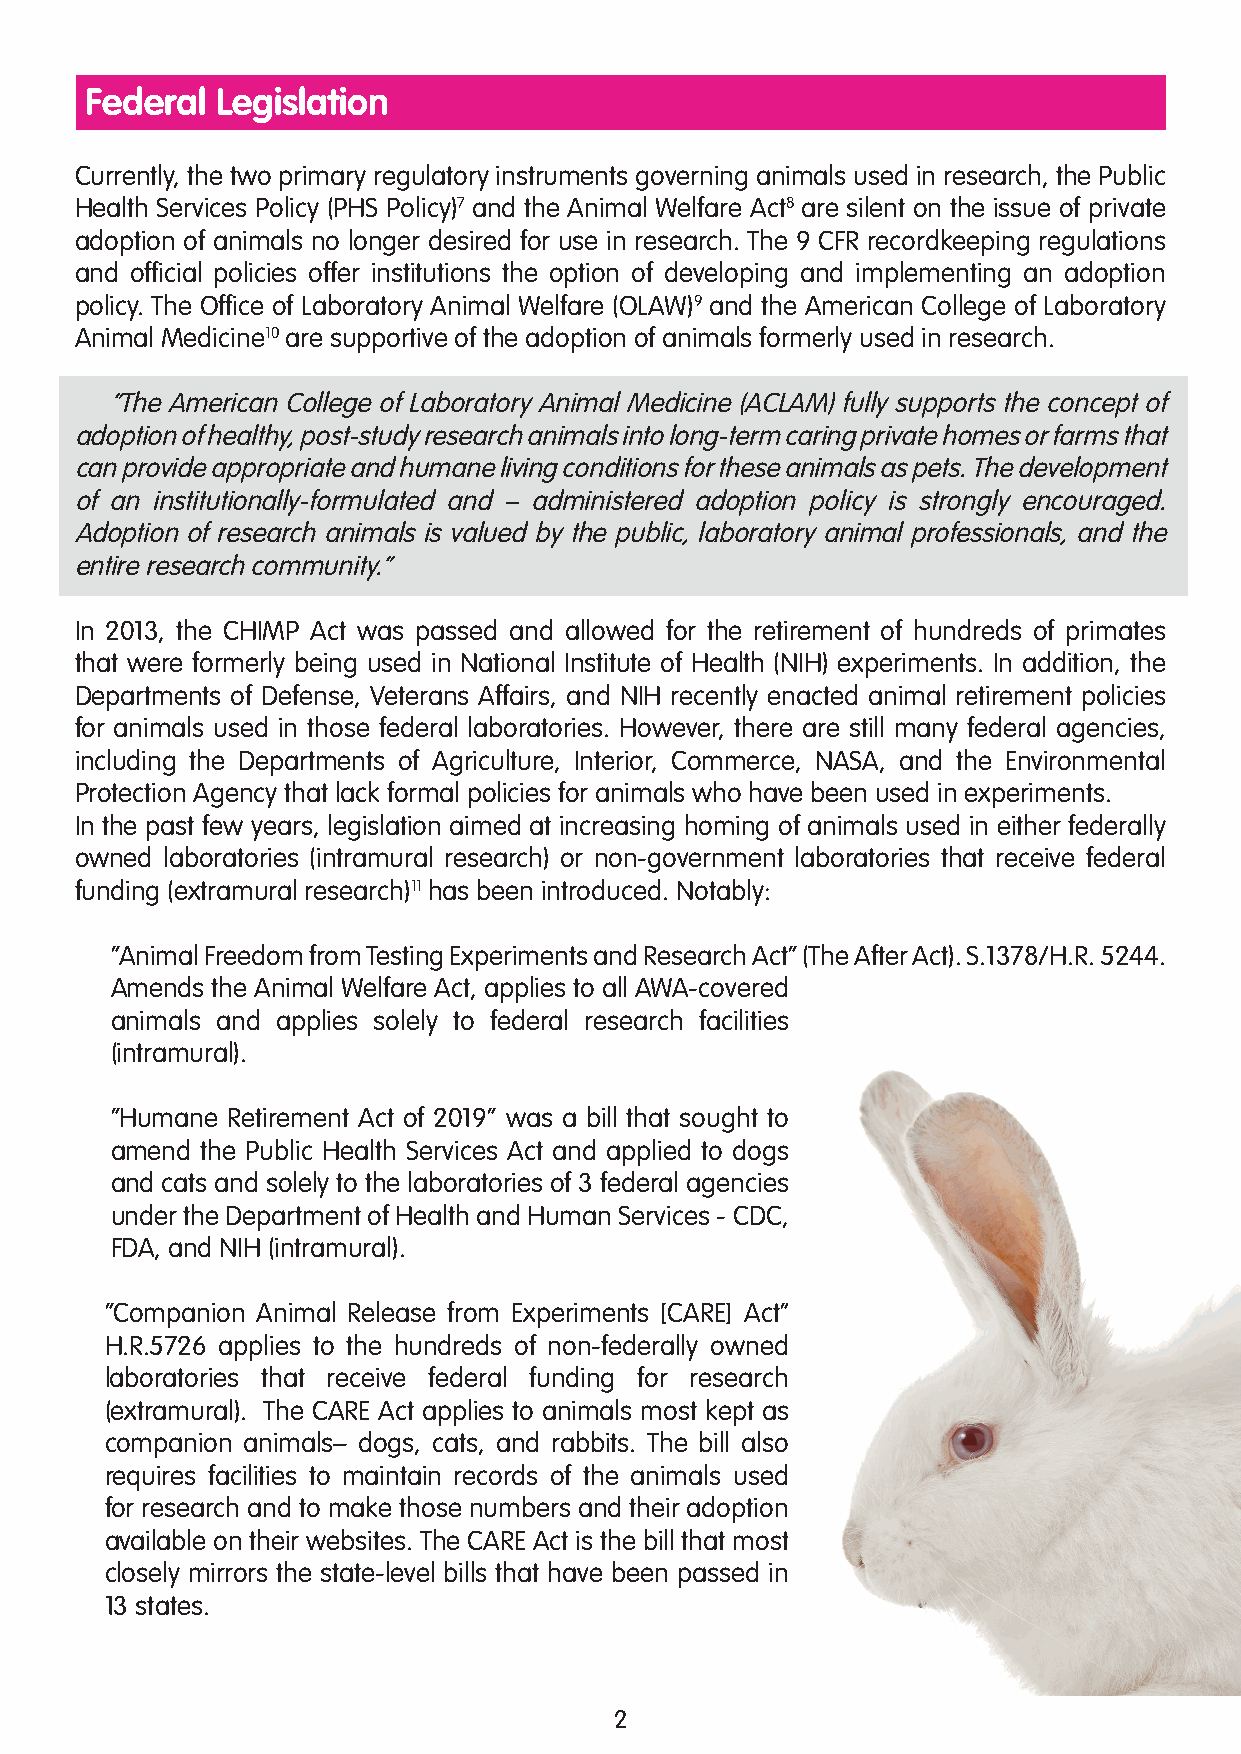
Federal Legislation
 Currently, the two primary regulatory instruments governing animals used in research, the Public
 Health Services Policy (PHS Policy)7 and the Animal Welfare Act8 are silent on the issue of private
 adoption of animals no longer desired for use in research. The 9 CFR recordkeeping regulations
 and official policies offer institutions the option of developing and implementing an adoption
 policy. The Office of Laboratory Animal Welfare (OLAW)9 and the American College of Laboratory
 Animal Medicine10 are supportive of the adoption of animals formerly used in research.
 “The American College of Laboratory Animal Medicine (ACLAM) fully supports the concept of
 adoption of healthy, post-study research animals into long-term caring private homes or farms that
 can provide appropriate and humane living conditions for these animals as pets. The development
 of an institutionally-formulated and – administered adoption policy is strongly encouraged.
 Adoption of research animals is valued by the public, laboratory animal professionals, and the
 entire research community.”
 In 2013, the CHIMP Act was passed and allowed for the retirement of hundreds of primates
 that were formerly being used in National Institute of Health (NIH) experiments. In addition, the
 Departments of Defense, Veterans Affairs, and NIH recently enacted animal retirement policies
 for animals used in those federal laboratories. However, there are still many federal agencies,
 including the Departments of Agriculture, Interior, Commerce, NASA, and the Environmental
 Protection Agency that lack formal policies for animals who have been used in experiments.
 In the past few years, legislation aimed at increasing homing of animals used in either federally
 owned laboratories (intramural research) or non-government laboratories that receive federal
 funding (extramural research)11 has been introduced. Notably:
 “Animal Freedom from Testing Experiments and Research Act” (The After Act). S.1378/H.R. 5244.
 Amends the Animal Welfare Act, applies to all AWA-covered
 animals and applies solely to federal research facilities
 (intramural).
 “Humane Retirement Act of 2019” was a bill that sought to
 amend the Public Health Services Act and applied to dogs
 and cats and solely to the laboratories of 3 federal agencies
 under the Department of Health and Human Services - CDC,
 FDA, and NIH (intramural).
 “Companion Animal Release from Experiments [CARE] Act”
 H.R.5726 applies to the hundreds of non-federally owned
 laboratories that receive federal funding for research
 (extramural). The CARE Act applies to animals most kept as
 companion animals– dogs, cats, and rabbits. The bill also
 requires facilities to maintain records of the animals used
 for research and to make those numbers and their adoption
 available on their websites. The CARE Act is the bill that most
 closely mirrors the state-level bills that have been passed in
 13 states.
 2